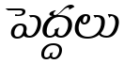
పెద్దలు